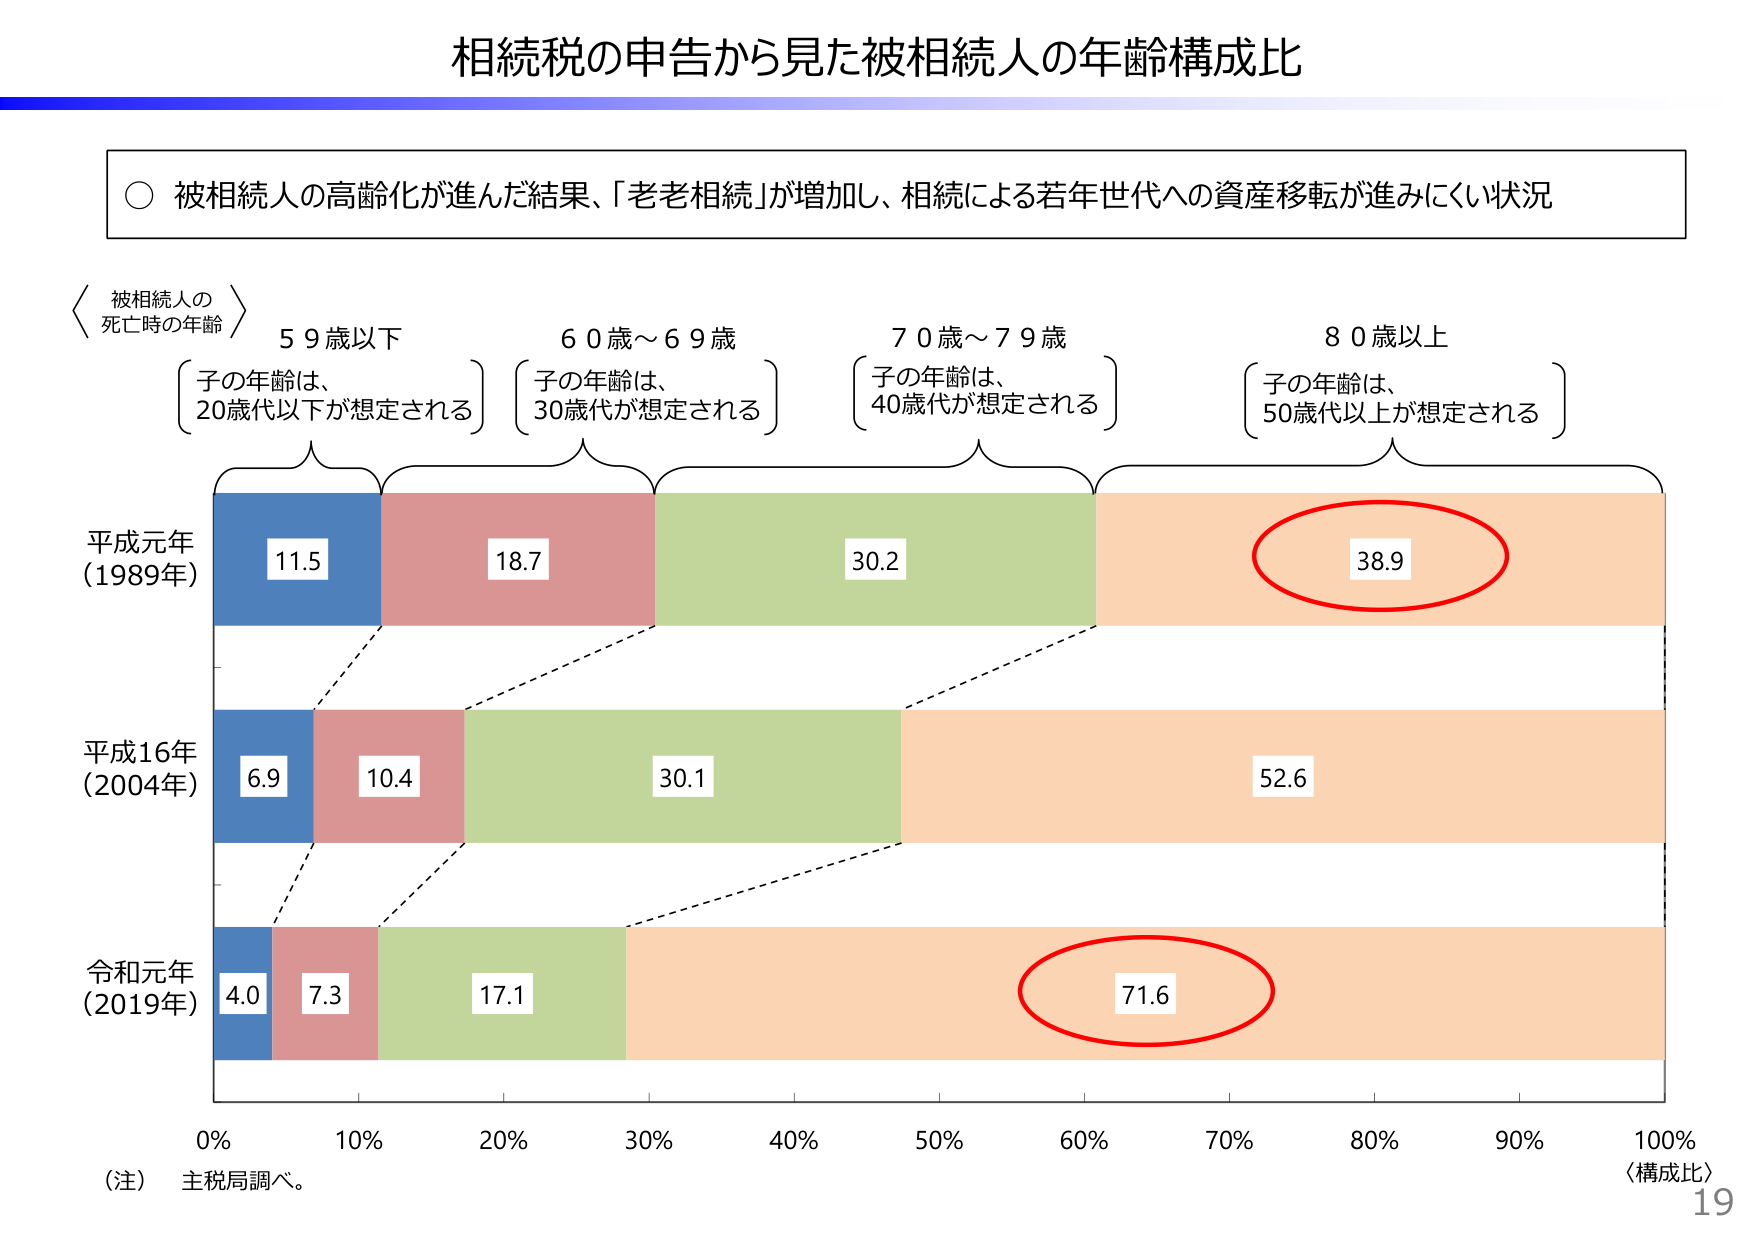
相続税の申告から見た被相続人の年齢構成比

○ 被相続人の高齢化が進んだ結果、「老老相続」が増加し、相続による若年世代への資産移転が進みにくい状況

〈被相続人の
死亡時の年齢〉

59歳以下
（子の年齢は、
20歳代以下が想定される）

60歳～69歳
（子の年齢は、
30歳代が想定される）

70歳～79歳
（子の年齢は、
40歳代が想定される）

80歳以上
（子の年齢は、
50歳代以上が想定される）

平成元年
（1989年）
11.5　18.7　30.2　38.9

平成16年
（2004年）
6.9　10.4　30.1　52.6

令和元年
（2019年）
4.0　7.3　17.1　71.6

0%　10%　20%　30%　40%　50%　60%　70%　80%　90%　100%
〈構成比〉

（注）主税局調べ。

19